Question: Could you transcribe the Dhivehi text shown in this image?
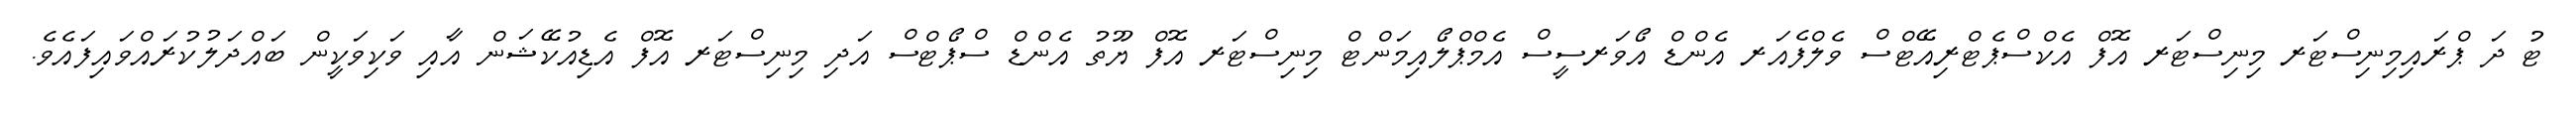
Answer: ޓު ދަ ޕްރައިމިނިސްޓަރ މިނިސްޓަރ އޮފް އެކްސްޕެޓްރިއޭޓްސް ވެލްފެއަރ އެންޑް އޯވަރސީސް އެމްޕްލޯއިމަންޓް މިނިސްޓަރ އޮފް ޔޫތު އެންޑް ސްޕޯޓްސް އަދި މިނިސްޓަރ އޮފް އެޑިއުކޭޝަން އާއި ވަކިވަކީން ބައްދަލުކުރައްވައިފައެވެ.